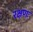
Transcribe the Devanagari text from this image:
रक्षणः